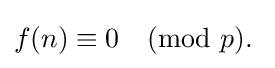
f(n)\equiv 0{\pmod {p}}.\